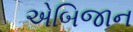
એબિજાન